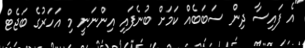
"އެ ފައިސާ ދިން ސަބަބެއް ކަމަށް ބުނެފައި އިންނަނީ މި އަހަރުގެ ބަޖެޓް